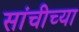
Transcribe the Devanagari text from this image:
सांचीच्या